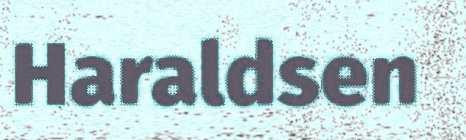
Haraldsen